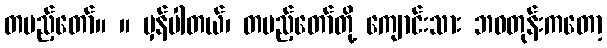
တပည့်တော်။ ။ မှန်ပါတယ်၊ တပည့်တော်တို့ ကျောင်းသား ဘဝတုန်းကတော့